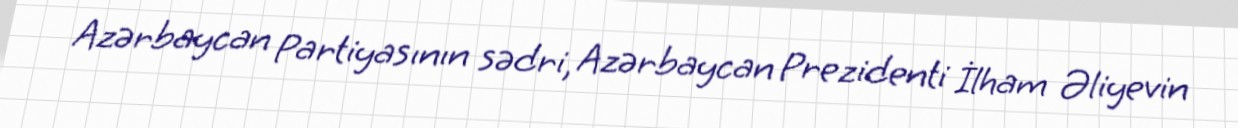
Azərbaycan Partiyasının sədri, Azərbaycan Prezidenti İlham Əliyevin